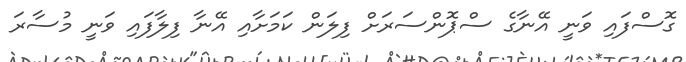
ގޮސްފައި ވަނީ އޭނާގެ ސްޕޮންސަރަށް ފިލަން ކަމަށާއި އޭނާ ފިލާފައި ވަނީ މުސާރަ